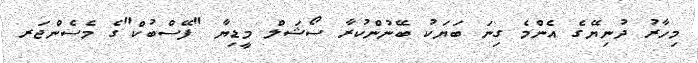
މިހާރު ދުނިޔޭގެ އެންމެ ގިނަ ބަޔަކު ބޭނުންކުރާ ސޯޝަލް މީޑިޔާ "ފޭސްބުކް"ގެ މެސެންޖަރ